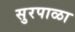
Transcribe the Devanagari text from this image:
सुरपाळा